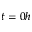
t = 0 h